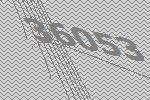
36053